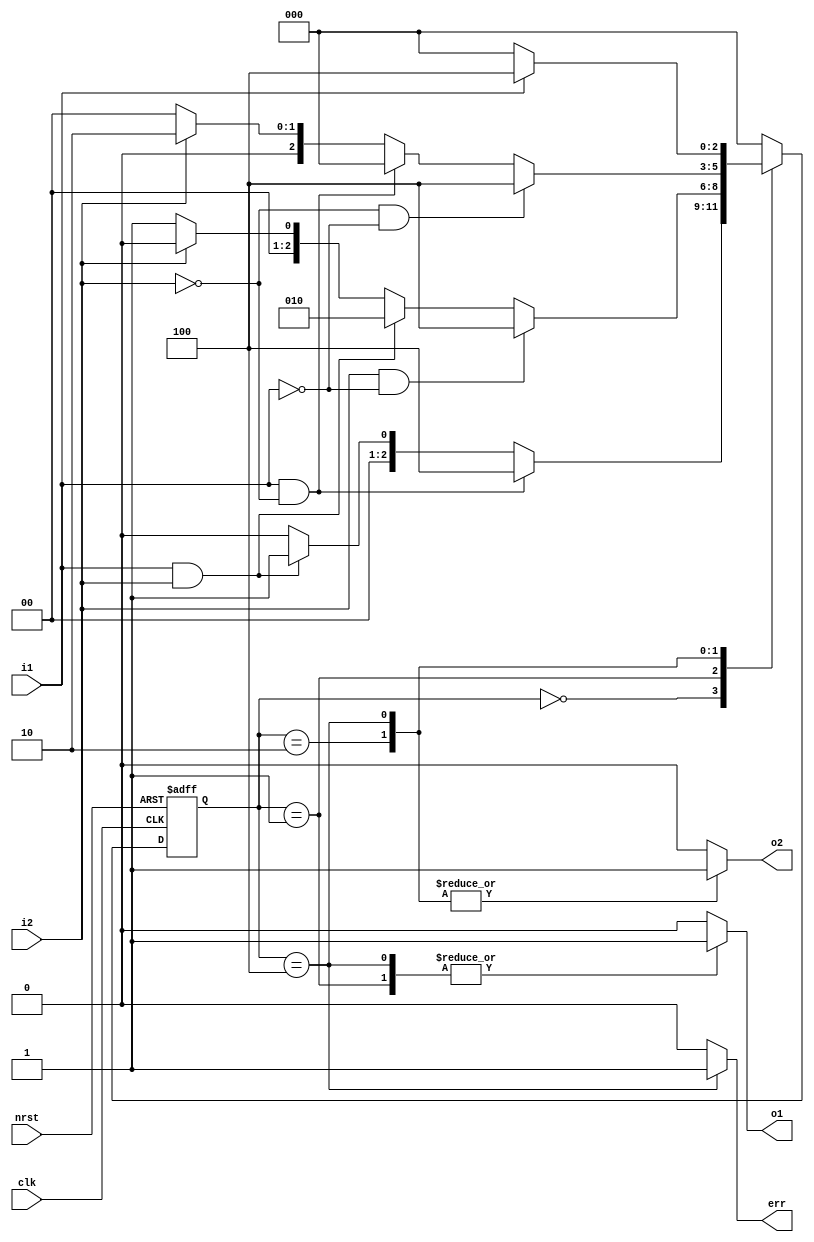
//
// 2-paragraph method to describe FSM 
//
//(1) Describe sequential state transition in 1 sequential always block 
//(2) State transition conditions & state output in the other combinational 
//    always block 
module sm_para_2 ( 
  nrst,
  clk, 
  i1,
  i2, 
  o1,
  o2, 
  err 
); 
              
  input          nrst;
  input          clk; 
  input          i1; 
  input          i2; 
  output         o1; 
  output         o2; 
  output         err; 
  
  reg            o1;
  reg            o2;
  reg            err; 
  
  reg    [2:0]   cs; // current_state
  reg    [2:0]   ns; // next state
  parameter [2:0]    // one hot with zero idle 
        IDLE   = 3'b000, 
        S1     = 3'b001, 
        S2     = 3'b010, 
        ERROR  = 3'b100; 
  
  //
  // sequential state transition 
  //
  always @( posedge clk or negedge nrst ) begin
    if ( !nrst ) begin             
      cs <= IDLE;         
    end                   
    else begin                  
      cs <= ns;            
    end                   
  end
  
  //
  // combinational state transition condition judgment & state output
  //
  always @( cs or i1 or i2 ) begin
    ns           = IDLE; 
    {o1,o2,err}  = 3'b000; 
    case ( cs ) 
      IDLE : begin 
        {o1,o2,err} = 3'b000; 
        if ( ~i1 ) begin 
          ns  = IDLE; 
        end 
        if ( i1 && i2 ) begin
          ns  = S1; 
        end 
        if ( i1 && ~i2 ) begin
          ns  = ERROR; 
        end 
      end 
      S1 : begin 
        {o1,o2,err} = 3'b100; 
        if ( ~i2 ) begin
          ns  = S1; 
        end 
        if ( i2 && i1 ) begin
          ns  = S2; 
        end 
        if ( i2 && ( ~i1 ) ) begin
          ns  = ERROR; 
        end 
      end 
      S2 : begin 
        {o1,o2,err} = 3'b010; 
        if ( i2 ) begin
          ns  = S2; 
        end 
        if ( ~i2 && i1 ) begin
          ns  = IDLE; 
        end 
        if ( ~i2 && ( ~i1 ) ) begin
          ns  = ERROR; 
        end 
      end 
      ERROR : begin 
        {o1,o2,err} = 3'b111; 
        if ( i1 ) begin
          ns  = ERROR; 
        end 
        if ( ~i1 ) begin
          ns  = IDLE; 
        end 
      end 
    endcase 
  end
  
endmodule